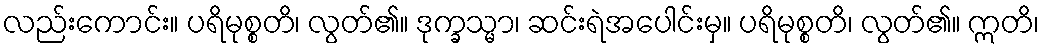
လည်းကောင်း။ ပရိမုစ္စတိ၊ လွတ်၏။ ဒုက္ခသ္မာ၊ ဆင်းရဲအပေါင်းမှ။ ပရိမုစ္စတိ၊ လွတ်၏။ ဣတိ၊